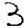
Digit: 3